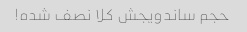
حجم ساندویجش کلا نصف شده!